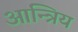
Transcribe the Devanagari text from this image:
आन्त्रिय